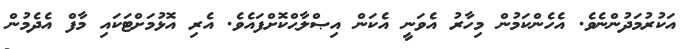
އަކުރުމަދުންނެވެ. އެހެންކަމުން މިހާރު އެވަނީ އެކަން އިޞްލާޙްކޮށްފައެވެ. އެރި އޮޅުމަށްޓަކައި މާފް އެދެމުން